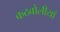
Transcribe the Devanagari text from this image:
कठबोलीयाँ